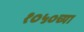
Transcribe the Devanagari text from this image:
१०५०च्या